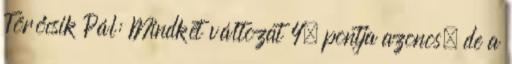
Törőcsik Pál: Mindkét változat 4. pontja azonos, de a